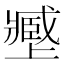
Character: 𡒥